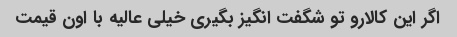
اگر این کالارو تو شگفت انگیز بگیری خیلی عالیه با اون قیمت